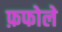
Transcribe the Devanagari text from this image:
फ़फोले